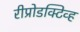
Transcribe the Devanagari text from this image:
रीप्रोडक्टिव्ह